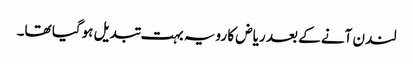
لندن آنے کے بعد ریاض کا رویہ بہت تبدیل ہوگیا تھا۔